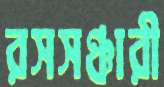
রসসঞ্চারী